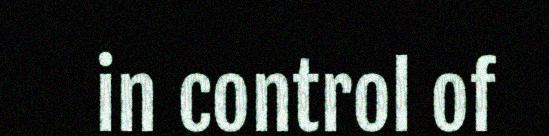
in control of